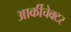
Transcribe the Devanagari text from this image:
आर्कीचेक्टर